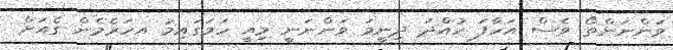
ވަންނަންތޯ ވެސް އަހާފަ ހުއްދަ ދިނީމަ ވަންނަނީ މިއީ ހަމަގައިމު އހަރެމެން ގެއަށް